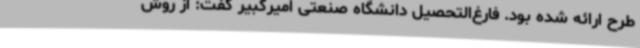
طرح ارائه شده بود. فارغ‌التحصیل دانشگاه صنعتی امیرکبیر گفت: از روش